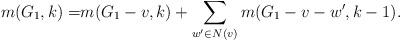
LaTeX: \begin{align*} m(G_{1},k)=&m(G_{1}-v,k)+\sum\limits_{w'\in N(v)}m(G_{1}-v-w',k-1).\end{align*}